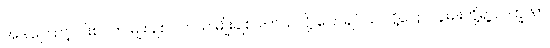
အဲဒါကြောင့် ပါးစပ်က မျိုးချစ်ပါတယ် မျိုးချစ်ပါတယ်လို့ ပြောချင်သ လို့ပြော လူမျိုးတို့ရဲ့ လက္ခဏာ